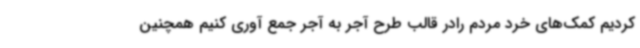
کردیم کمک‌های خرد مردم رادر قالب طرح آجر به آجر جمع آوری کنیم همچنین